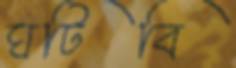
ঘটিবি